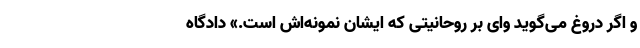
و اگر دروغ می‌گوید وای بر روحانیتی که ایشان نمونه‌اش است.» دادگاه